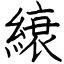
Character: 縗